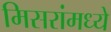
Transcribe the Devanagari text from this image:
मिसरांमध्ये